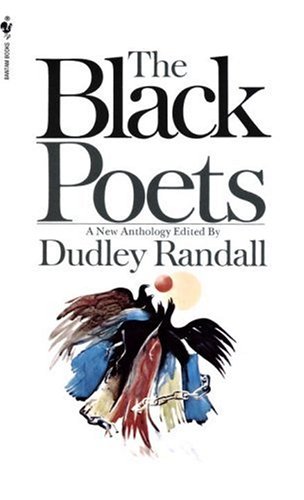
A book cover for The Black Poets; Dudley Randall; Literature & Fiction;